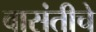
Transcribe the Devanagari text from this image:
वासंतीचे